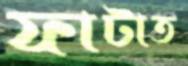
ফাটাত